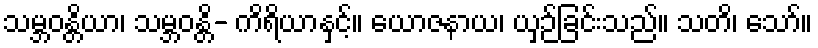
သမ္ဘဝန္တိယာ၊ သမ္ဘဝန္တိ- ကိရိယာနှင့်။ ယောဇနာယ၊ ယှဉ်ခြင်းသည်။ သတိ၊ သော်။